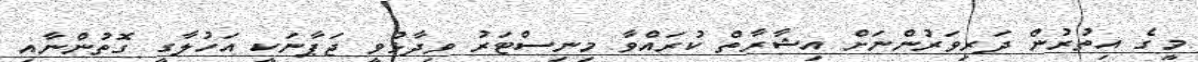
މީގެ އިތުރުން ދަރިވަރުންނަށް އިޝާރާތް ކުރައްވާ މިނިސްޓަރު ވިދާޅުވީ ޖަޕާނަކީ އަހުލާގީ ގޮތުންނާއި